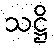
သဋ္ဌိ